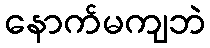
နောက်မကျဘဲ